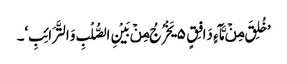
’خُلِقَ مِنۡ مَّآءٍ دَافِقٍ ۵ یَخْرُجُ مِنۡ بَیْنِ الصُّلْبِ وَالتَّرَائِبِ‘۔